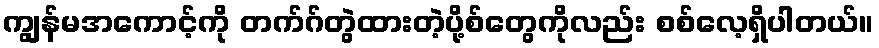
ကျွန်မအကောင့်ကို တက်ဂ်တွဲထားတဲ့ပို့စ်တွေကိုလည်း စစ်လေ့ရှိပါတယ်။